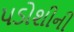
પડોશીની